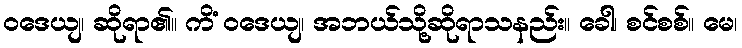
ဝဒေယျ၊ ဆိုရာ၏။ ကိံ ဝဒေယျ၊ အဘယ်သို့ဆိုရာသနည်း။ ခေါ၊ စင်စစ်။ မေ၊